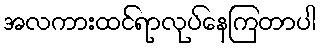
အလကားထင်ရာလုပ်နေကြတာပါ